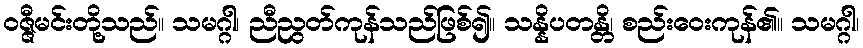
ဝဇ္ဇီမင်းတို့သည်။ သမဂ္ဂါ၊ ညီညွတ်ကုန်သည်ဖြစ်၍။ သန္နိပတန္တိ၊ စည်းဝေးကုန်၏။ သမဂ္ဂါ၊